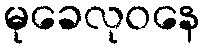
မုခေလုဝနေ